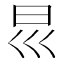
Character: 𡿯